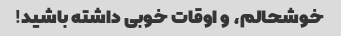
خوشحالم، و اوقات خوبی داشته باشید!